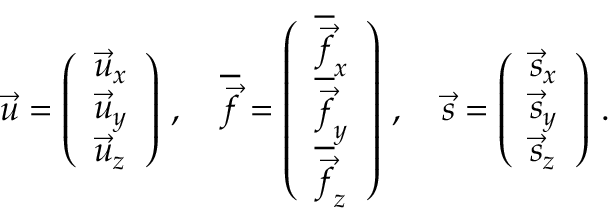
\vec { u } = \left( \begin{array} { l } { \vec { u } _ { x } } \\ { \vec { u } _ { y } } \\ { \vec { u } _ { z } } \end{array} \right) \, , \quad \overline { { \vec { f } } } = \left( \begin{array} { l } { \overline { { \vec { f } } } _ { x } } \\ { \overline { { \vec { f } } } _ { y } } \\ { \overline { { \vec { f } } } _ { z } } \end{array} \right) \, , \quad \vec { s } = \left( \begin{array} { l } { \vec { s } _ { x } } \\ { \vec { s } _ { y } } \\ { \vec { s } _ { z } } \end{array} \right) \, .